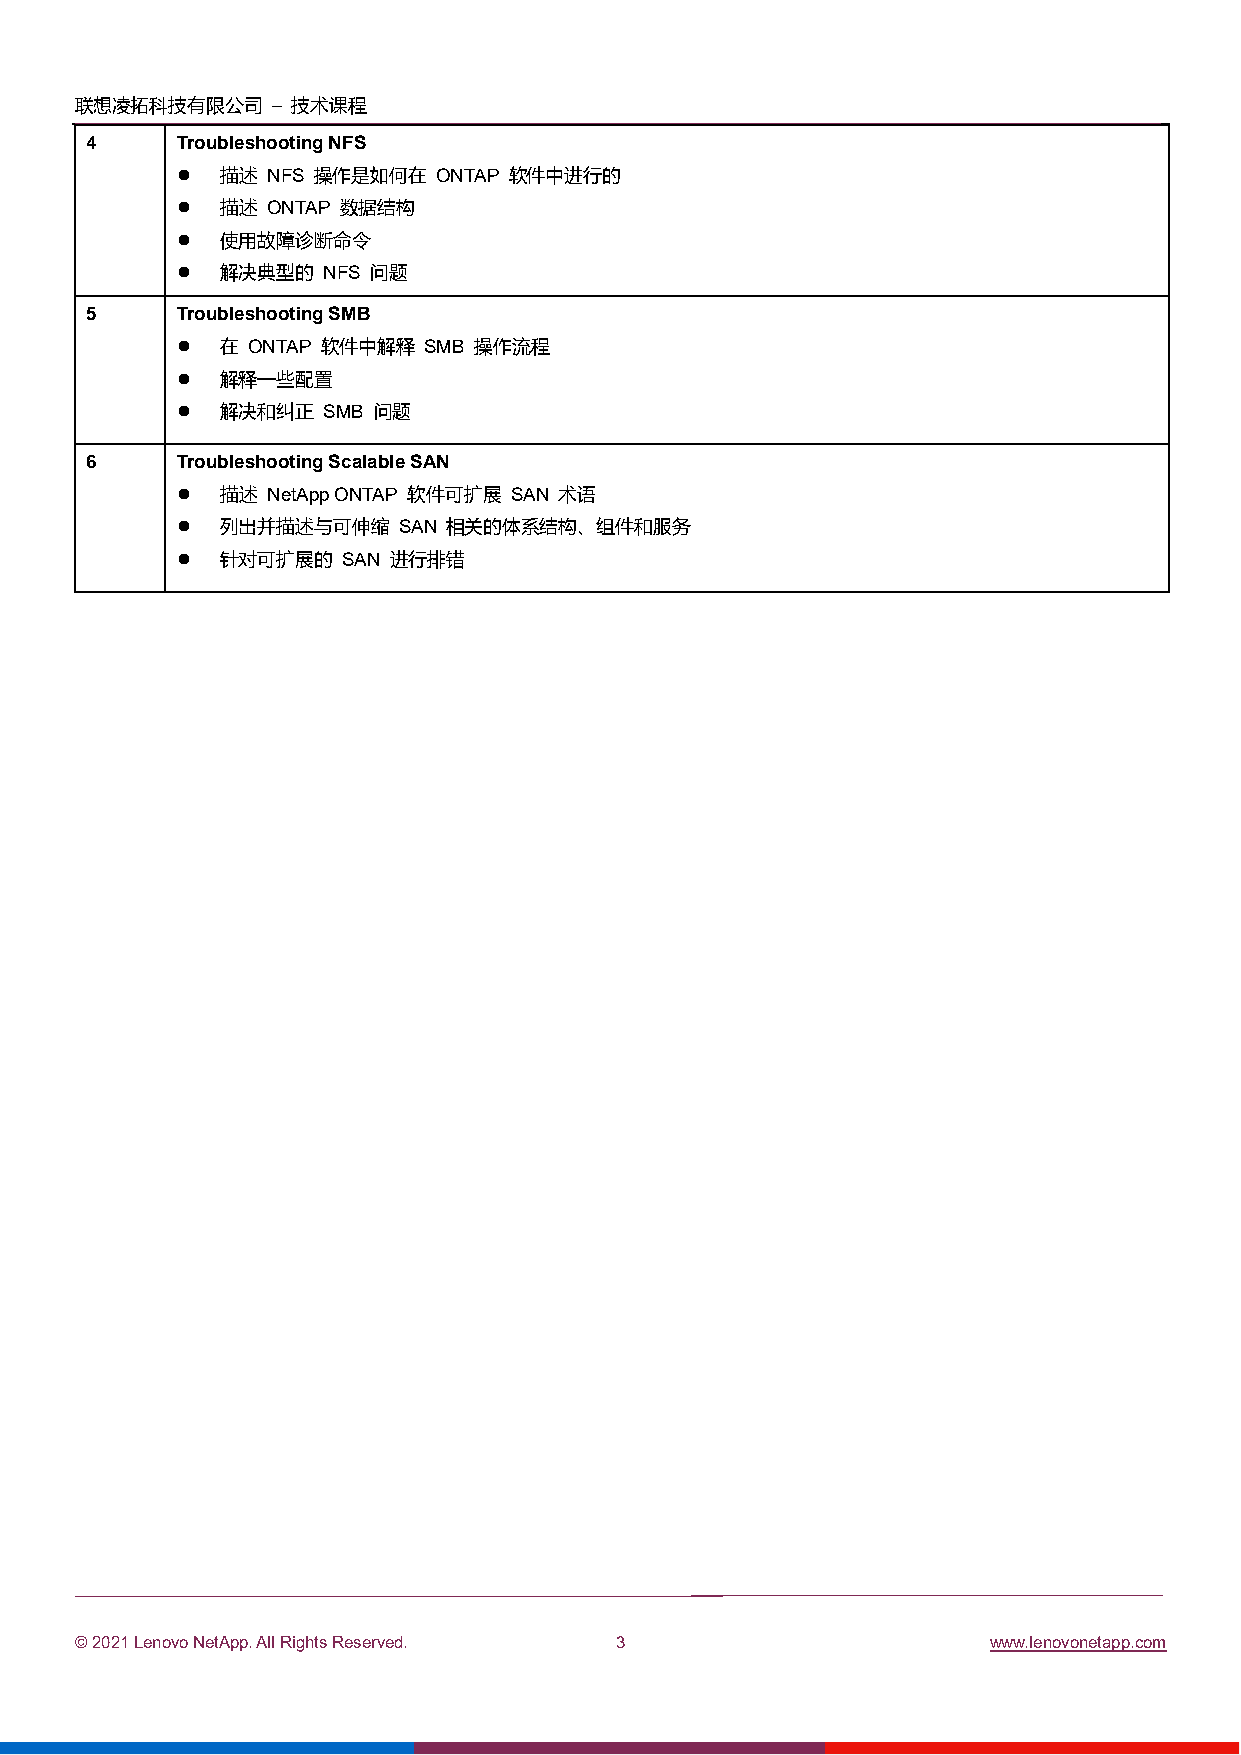
联想凌拓科技有限公司   – 技术课程
 4     Troubleshooting NFS
   描述 NFS 操作是如何在 ONTAP 软件中进行的
   描述 ONTAP 数据结构
   使用故障诊断命令
   解决典型的 NFS 问题
 5     Troubleshooting SMB
   在 ONTAP 软件中解释 SMB 操作流程
   解释一些配置
   解决和纠正 SMB 问题
 6     Troubleshooting Scalable SAN
   描述 NetApp ONTAP 软件可扩展 SAN 术语
   列出并描述与可伸缩  SAN 相关的体系结构、组件和服务
   针对可扩展的  SAN 进行排错
 © 2021 Lenovo NetApp. All Rights Reserved. 3                 www.lenovonetapp.com